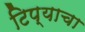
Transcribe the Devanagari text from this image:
टिप्याचा